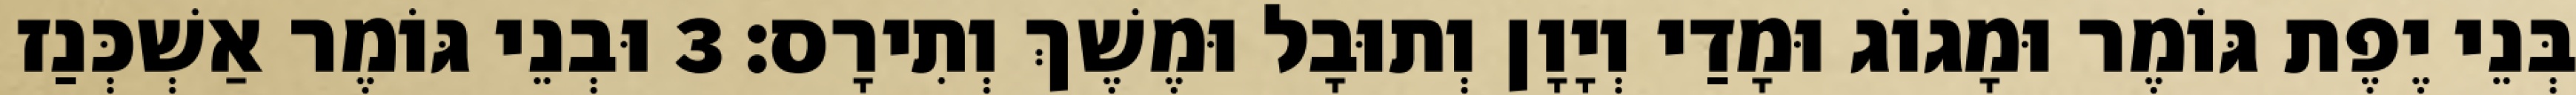
בְּנֵי יֶפֶת גּוֹמֶר וּמָגוֹג וּמָדַי וְיָוָן וְתוּבָל וּמֶשֶׁךְ וְתִירָס׃ 3 וּבְנֵי גּוֹמֶר אַשְׁכְּנַז